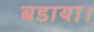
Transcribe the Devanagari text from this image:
बडाया।